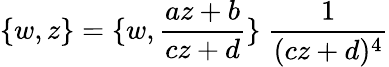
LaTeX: \{ w,z\} =\{ w,\frac{az+b}{cz+d}\} ~\frac{1}{(cz+d)^{4}}